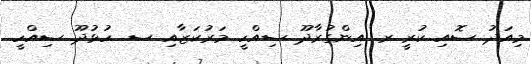
މިއަދު ސޮއި ކުރީ ރ. އިންގުރާދޫ ސިއްހީ މަރުކަޒާއި ސ. ހުޅުދޫ ސިއްހީ